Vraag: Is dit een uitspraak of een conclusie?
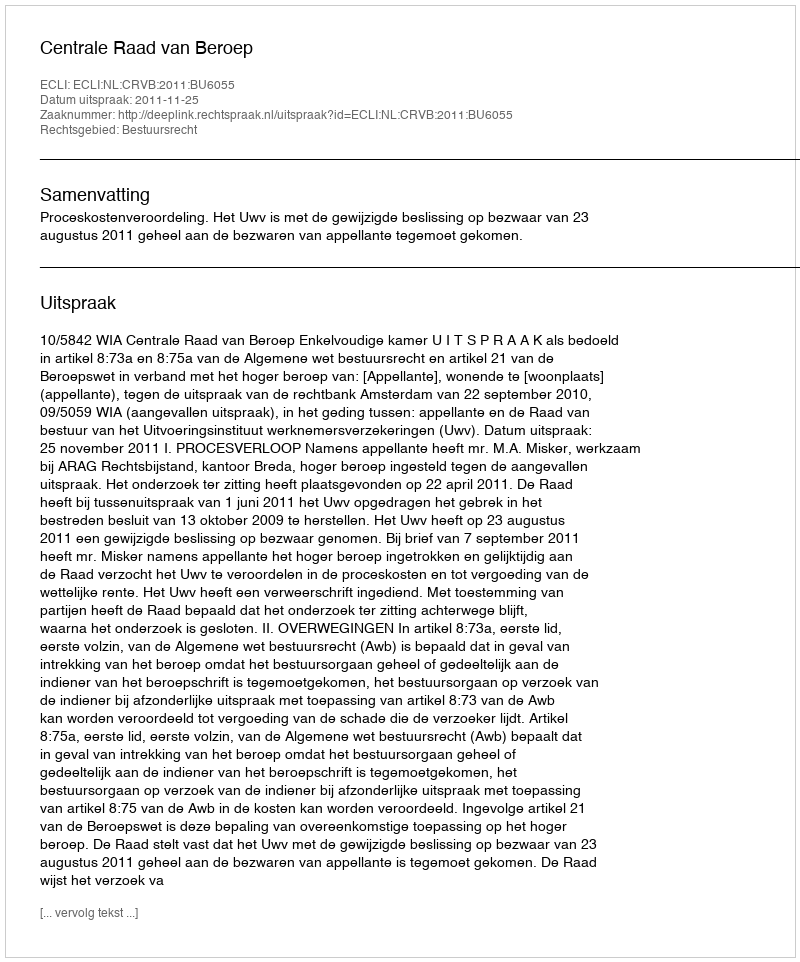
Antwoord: Uitspraak